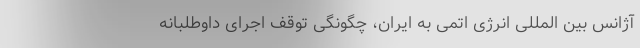
آژانس بین المللی انرژی اتمی به ایران، چگونگی توقف اجرای داوطلبانه